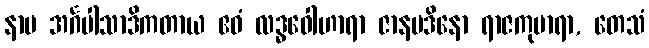
နာမ အင်္ဂပါသာဒိကတာယ ဧဝံ လဒ္ဓဝေါဟာရာ ဇာနပဒိနော ရာဇကုမာရာ, တေသံ